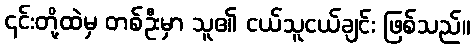
၎င်းတို့ထဲမှ တစ်ဦးမှာ သူ၏ ငယ်သူငယ်ချင်း ဖြစ်သည်။